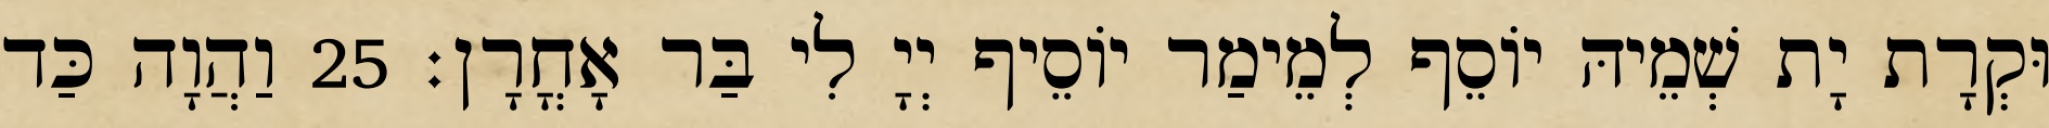
וּקְרָת יָת שְׁמֵיהּ יוֹסֵף לְמֵימַר יוֹסֵיף יְיָ לִי בַּר אָחֳרָן׃ 25 וַהֲוָה כַּד